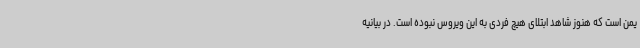
یمن است که هنوز شاهد ابتلای هیچ فردی به این ویروس نبوده است. در بیانیه